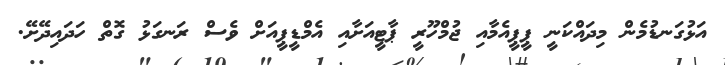
އަޅުގަނޑުމެން މިދައްކަނީ ޕީޕީއެމާއި ޖުމްހޫރީ ޕާޓީއަށާއި އެމްޑީޕީއަށް ވެސް ރަނގަޅު ގޮތް ހަދައިދޭށޭ.